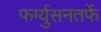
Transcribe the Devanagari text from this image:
फर्ग्युसनतर्फे